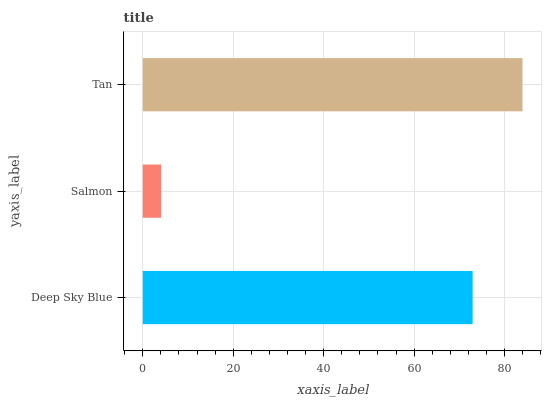
| yaxis_label | bars |
 | --- | --- |
 | Deep Sky Blue | 72.9 |
 | Salmon | 4.06 |
 | Tan | 83.9 |